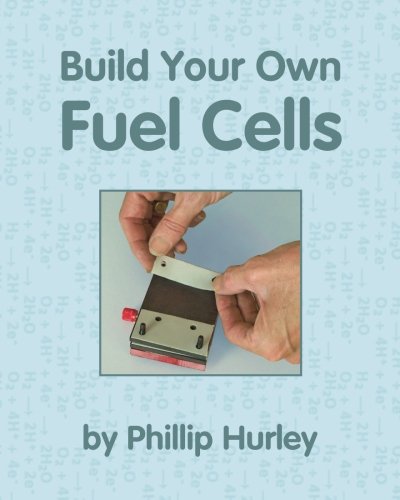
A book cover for Build Your Own Fuel Cells; Phillip Hurley; Science & Math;